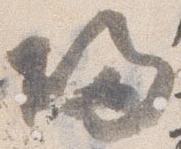
帰